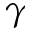
\gamma